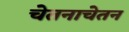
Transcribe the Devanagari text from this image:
चेतनाचेतन